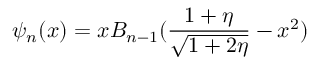
\psi _ { n } ( x ) = x B _ { n - 1 } ( { \frac { 1 + \eta } { \sqrt { 1 + 2 \eta } } } - x ^ { 2 } )